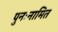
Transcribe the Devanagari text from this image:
पुनःनामित